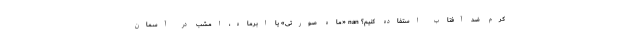
کرم ضد آفتاب استفاده کنیم؟ nan «ماهِ صورتی» یا ابرماه، امشب در آسمان